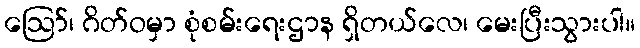
ဩော်၊ ဂိတ်ဝမှာ စုံစမ်းရေးဌာန ရှိတယ်လေ၊ မေးပြီးသွားပါ။